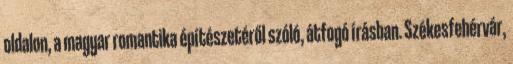
oldalon, a magyar romantika építészetéről szóló, átfogó írásban. Székesfehérvár,